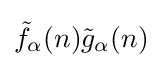
{\tilde {f}}_{\alpha }(n){\tilde {g}}_{\alpha }(n)